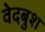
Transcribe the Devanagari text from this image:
वेदबुश